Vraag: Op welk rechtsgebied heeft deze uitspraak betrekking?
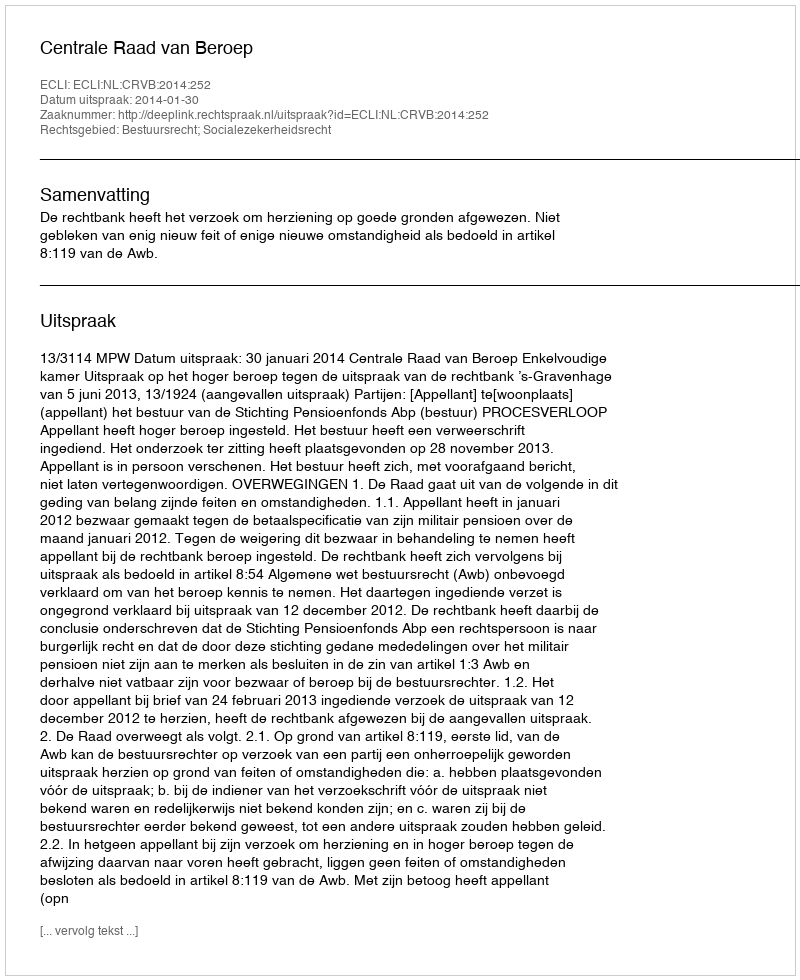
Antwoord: Bestuursrecht; Socialezekerheidsrecht